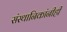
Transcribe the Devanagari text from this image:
संस्थानिकांनीही